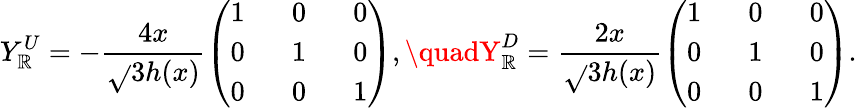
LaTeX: Y_{\mathbb{R}}^{U}=-\frac{{4x}}{{\sqrt{}{{3}}h(x)}}\left(\begin{array}{ccc}{{1\, \, }}&{{\, \, 0\, \, }}&{{\, \, 0}}\\ {{0\, \, }}&{{\, \, 1\, \, }}&{{\, \, 0}}\\ {{0\, \, }}&{{\, \, 0\, \, }}&{{\, \, 1}}\end{array}\right),\quadY_{\mathbb{R}}^{D}=\frac{{2x}}{{\sqrt{}{{3}}h(x)}}\left(\begin{array}{ccc}{{1\, \, }}&{{\, \, 0\, \, }}&{{\, \, 0}}\\ {{0\, \, }}&{{\, \, 1\, \, }}&{{\, \, 0}}\\ {{0\, \, }}&{{\, \, 0\, \, }}&{{\, \, 1}}\end{array}\right).